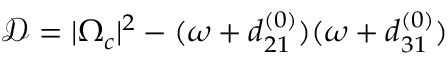
\mathcal { D } = | \Omega _ { c } | ^ { 2 } - ( \omega + d _ { 2 1 } ^ { ( 0 ) } ) ( \omega + d _ { 3 1 } ^ { ( 0 ) } )